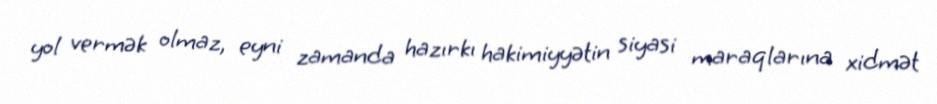
yol vermək olmaz, eyni zamanda hazırkı hakimiyyətin siyasi maraqlarına xidmət